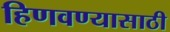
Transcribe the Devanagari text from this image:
हिणवण्यासाठी